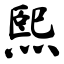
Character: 熙